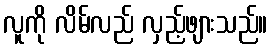
လူကို လိမ်လည် လှည့်ဖျားသည်။